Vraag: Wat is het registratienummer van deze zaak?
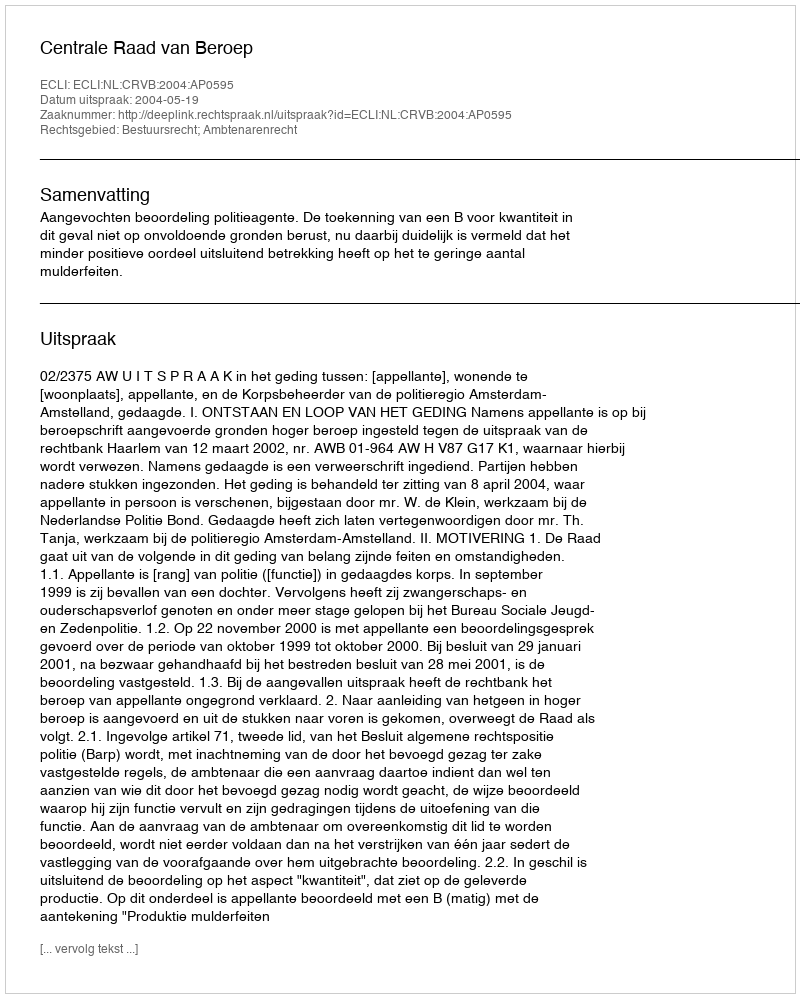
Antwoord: http://deeplink.rechtspraak.nl/uitspraak?id=ECLI:NL:CRVB:2004:AP0595